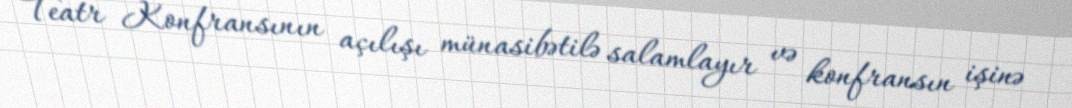
Teatr Konfransının açılışı münasibətilə salamlayır və konfransın işinə